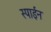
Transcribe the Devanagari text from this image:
स्पाईन